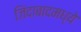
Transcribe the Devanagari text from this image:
जिंदाबादमध्ये